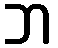
ဘ